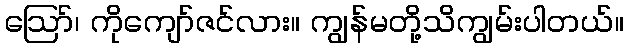
ဪ၊ ကိုကျော်ဇင်လား။ ကျွန်မတို့သိကျွမ်းပါတယ်။